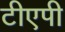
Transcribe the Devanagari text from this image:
टीएपी